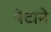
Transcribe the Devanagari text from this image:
पेटाने